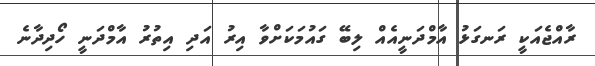
ރާއްޖެއަކީ ރަނގަޅު އާމްދަނީއެއް ލިބޭ ގައުމަކަށްވާ އިރު އަދި އިތުރު އާމްދަނީ ހޯދިދާނެ